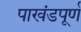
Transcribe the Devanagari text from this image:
पाखंडपूर्ण